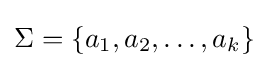
\Sigma =\{a_{1},a_{2},\ldots ,a_{k}\}